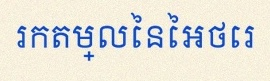
រកតម្លៃនៃអថេរ